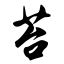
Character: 苔